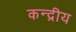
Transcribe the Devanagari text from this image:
कन्द्रीय